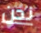
نحن